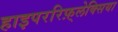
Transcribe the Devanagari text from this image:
हाइपररिफ़्लेक्सिया